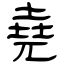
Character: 堯